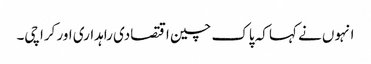
انہوں نے کہا کہ پاک چین اقتصادی راہداری اور کراچی۔